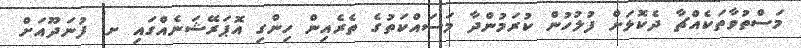
މަސްތުވާތަކެއްޗާ ދެކޮޅަށް ފުލުހުން ކުރަމުންދާ މަސައްކަތުގެ ތެރެއިން ހިންގި އޮޕަރޭޝަނެއްގައި ށ. ފުނަދޫއަށް